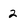
Character: 2